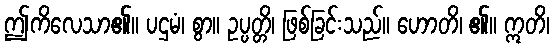
ဤကိလေသာ၏။ ပဌမံ၊ စွာ။ ဥပ္ပတ္တိ၊ ဖြစ်ခြင်းသည်။ ဟောတိ၊ ၏။ ဣတိ၊